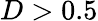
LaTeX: D>0.5